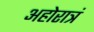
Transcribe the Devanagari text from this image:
अहोरात्रं